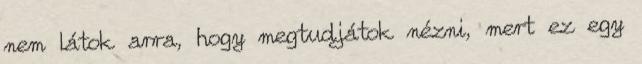
nem látok arra, hogy megtudjátok nézni, mert ez egy